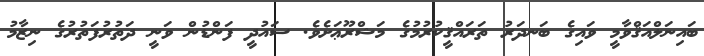
ބައިނަލްއަޤްވާމީ ވައިގެ ބަނދަރު ތަރައްޤީކުރުމުގެ މަޝްރޫޢަށެވެ. ސައުދީ ފަންޑުން ވަނީ ދަތުރުފަތުރުގެ ނިޒާމު